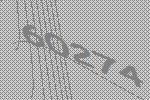
60274